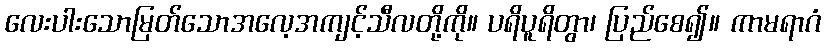
လေးပါးသောမြတ်သောအလေ့အကျင့်သီလတို့ကို။ ပရိပူရိတွာ၊ ပြည်စေ၍။ ကာမရာဂံ